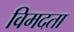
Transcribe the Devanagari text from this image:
विमदता